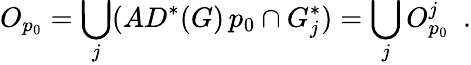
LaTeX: O_{p_{0}}=\bigcup_{j}(AD^{*}(G)\, p_{0}\cap G_{j}^{*})=\bigcup_{j}O_{p_{0}}^{j}\ \ .